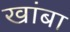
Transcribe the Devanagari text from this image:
खांबा